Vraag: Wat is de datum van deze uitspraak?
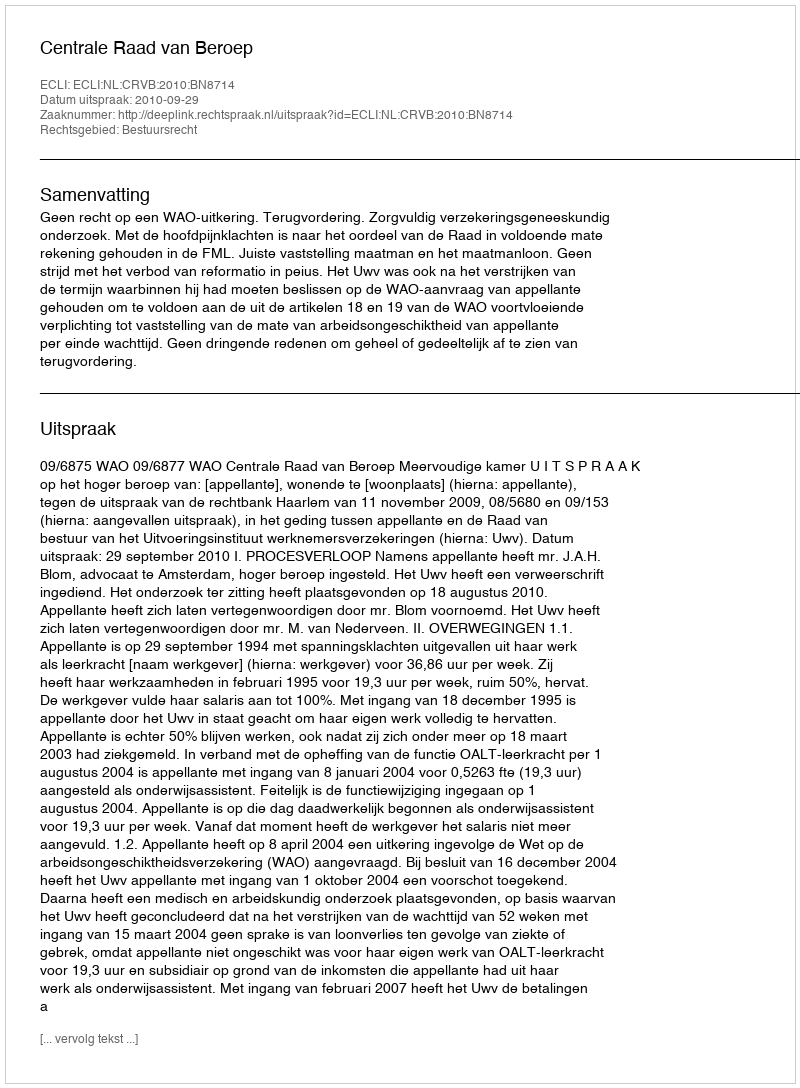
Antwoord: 2010-09-29